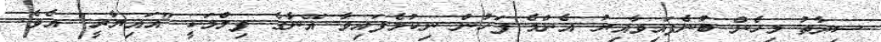
ސިދާތު މިހެން ބުނެފައިވާއިރު އެންމެ ފަހުން ނިކުމެފައިވާ އޭނާގެ ފިލްމަކީ "އައިޔާރީ" އެވެ.